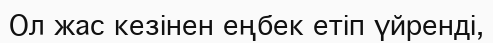
Ол жас кезінен еңбек етіп үйренді,